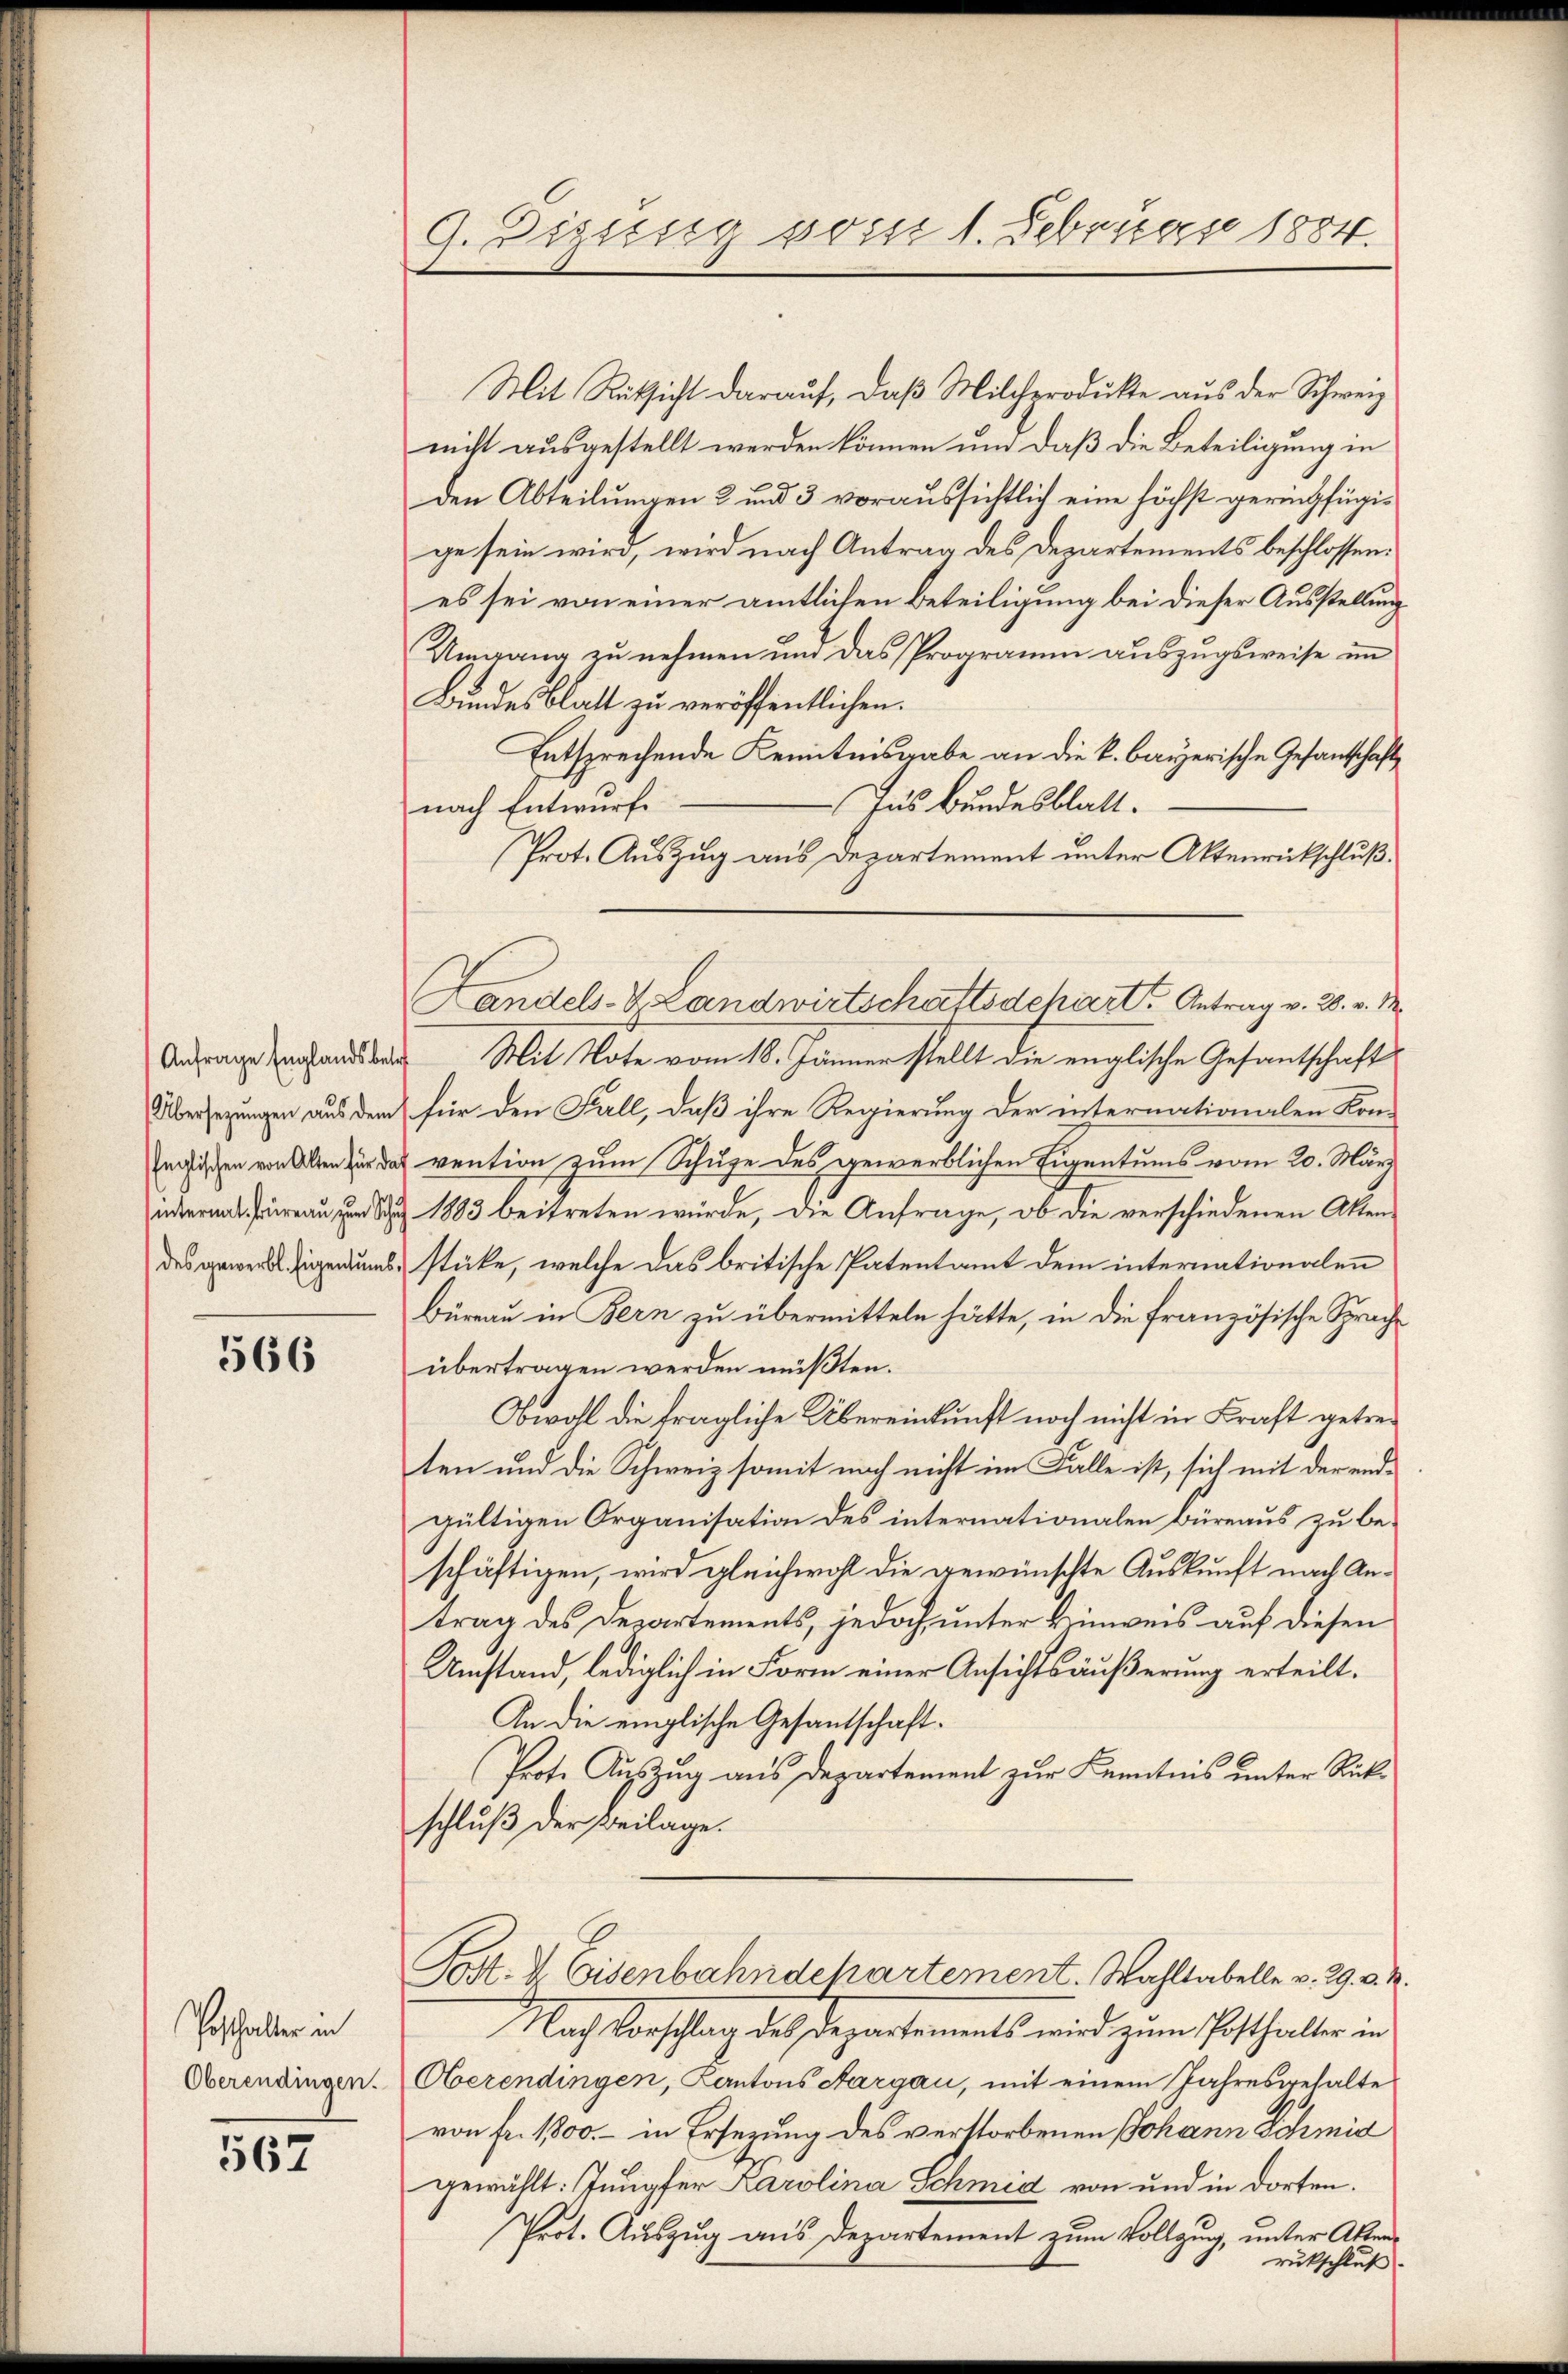
Anfrage Englands betr
Übersezungen aus dem
Englischen von Alten für da
internal, Bureau zum Schu
des gewerbl. Eigentums.

566

Posthalter in
Oberendingen.

562

A. Disseg vom 1. Februar 1884.

Mit Rüksicht darauf, daß Milchprodukte aus der Schweiz
nicht ausgestellt werden können und daß die Beteiligung in
den Abteilungen 2 und 3 voraussichtlich eine höchst geringfügige sein wird, wird nach Antrag des Departements beschlossen.
es sei von einer amtlichen Beteiligung bei dieser Ausstellung
Umgang zu nehmen und das Programm auszugsweise im
Bundesblatt zu veröffentlichen.
Entsprechende Kenntnisgabe an die k. bayerische Gesantschaft
Ins Bundesblatt.
nach Entwurf.
Prot. Auszug aus Departement unter Aktenrückschluß.
 Mit Note vom 18. Jänner stellt die englische Gesantschaft
für den Fall, daß ihre Regierung der internationalen Kon-
vention zum Schuze des gewerblichen Eigentums vom 20. März
1883 beitreten würde, die Anfrage, ob die verschiedenen Aktenstücke, welche das britische Patentamt dem internationalen
Bureau in Bern zu übermitteln hätte, in die französische Sprache
übertragen werden müßten.
Obwohl die fragliche Übereinkunft noch nicht in Kraft getreten und die Schweiz somit noch nicht im Falle ist, sich mit der endgültigen Organisation des internationalen Büreaus zu beschäftigen, wird gleichwohl die gewünschte Auskunft nach Antrag des Departements, jedoch, unter Hinweis auf diesen
Umstand, lediglich in Form einer Ansichtsäußerung erteilt.
An die einglische Gesantschaft.
Prote Auszug aus Departement zur Kenntnis unter Rückschluß der Beilage.
Post- & Eisenbahndehartement. Wahltabelle v. 29. v. M.
Nach Vorschlag des Departements wird zum Potthalter in
Oberendingen, Kantons Aargau, mit einem Jahresgehalte
von Fr. 1800.- in Ersezung des verstorbenen Johann Schmid
gewählt: Tungfer Karolina Schmid von und in dorten.
Prot. Auszug aus Departement zum Vollzug, unter Akten¬

Landel-V. Landwirtschaftsdchart Antrag v. 28. v. M.

rukschluß.